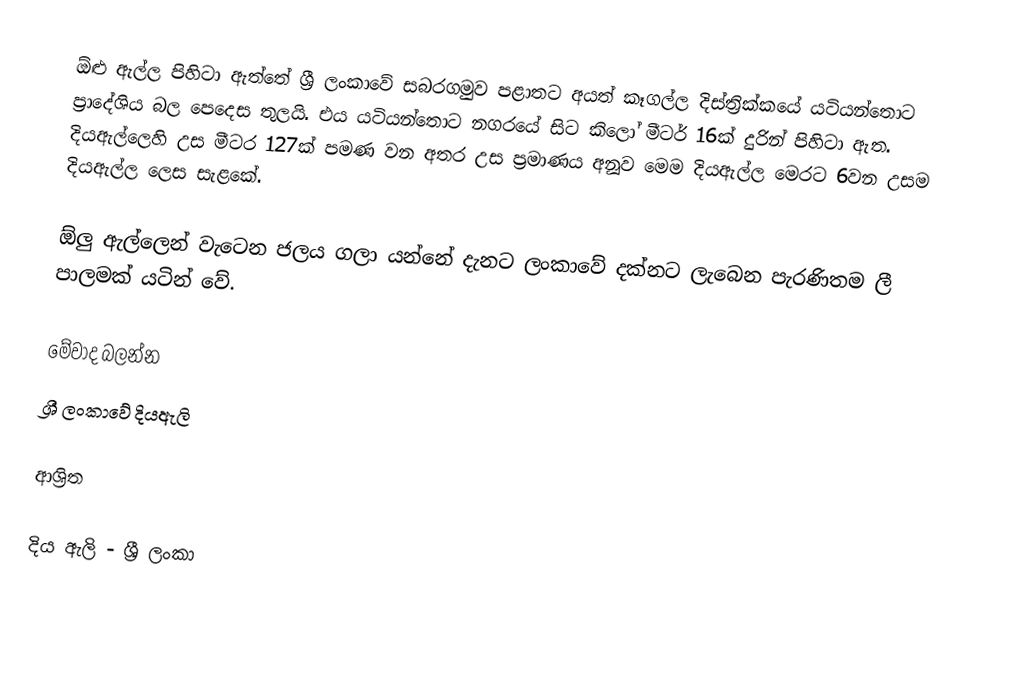
ඕළු ඇල්ල පිහිටා ඇත්තේ ශ්‍රී ලංකාවේ සබරගමුව පළාතට අයත් කෑගල්ල දිස්ත්‍රික්කයේ යටියන්තොට ප්‍රාදේශිය බල පෙදෙස තුලයි. එය යටියන්තොට නගරයේ සිට කිලෝ මීටර් 16ක් දුරින් පිහිටා ඇත. දියඇල්ලෙහි උස මීටර 127ක් පමණ වන අතර උස ප්‍රමාණය අනූව මෙම දියඇල්ල මෙරට 6වන උසම දියඇල්ල ලෙස සැළකේ.

ඕලු ඇල්ලෙන් වැටෙන ජලය ගලා යන්නේ දැනට ලංකාවේ දක්නට ලැබෙන පැරණිතම ලී පාලමක් යටින් වේ.

මේවාද බලන්න
 ශ්‍රී ලංකාවේ දියඇලි

ආශ්‍රිත

දිය ඇලි - ශ්‍රී ලංකා